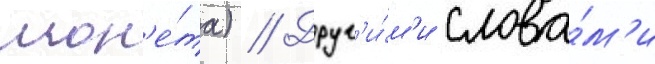
мон'е́та) // Друг'и́м'и слова́м'и